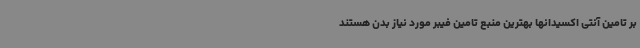
بر تامین آنتی اکسیدانها بهترین منبع تامین فیبر مورد نیاز بدن هستند